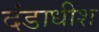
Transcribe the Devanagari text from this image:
दंडाधीश